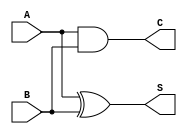
module ADD(A,B,S,C);
input A,B;
output S,C;
assign S=(A^B);
assign C=(A&B);
endmodule